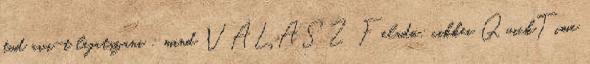
tud avi-t lejatszani : mind VÁLASZ Feladó: cikkei QuickTime